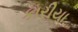
કારીયા